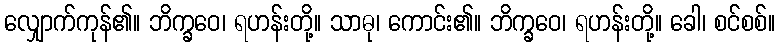
လျှောက်ကုန်၏။ ဘိက္ခဝေ၊ ရဟန်းတို့။ သာဓု၊ ကောင်း၏။ ဘိက္ခဝေ၊ ရဟန်းတို့။ ခေါ၊ စင်စစ်။